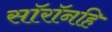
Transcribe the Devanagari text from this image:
सॉरॉनहि